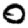
Digit: 0